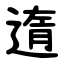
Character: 遀